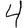
Digit: 4